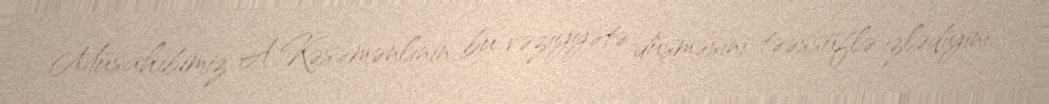
Müsahibimiz A.Kəsəmənlinin bu vəziyyətə düşməsini təəssüflə izlədiyini